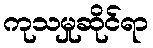
ကုသမှုဆိုင်ရာ